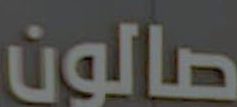
صالون